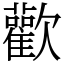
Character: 歡